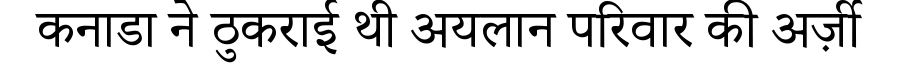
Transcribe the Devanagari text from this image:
कनाडा ने ठुकराई थी अयलान परिवार की अर्ज़ी